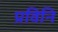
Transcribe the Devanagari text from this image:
प्रविनि